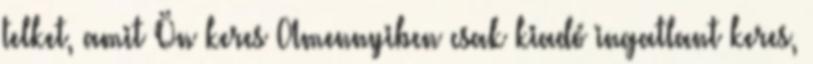
telket, amit Ön keres Amennyiben csak kiadó ingatlant keres,